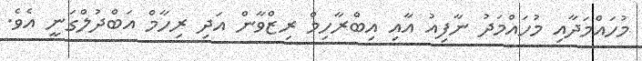
މުހައްމަދާއި މުހައްމަދު ނާފިއު އާއި އިބްރާހިމް ރިޒްވާން އަދި ރިހާމް އަބްދުލްގަނީ އެވެ.